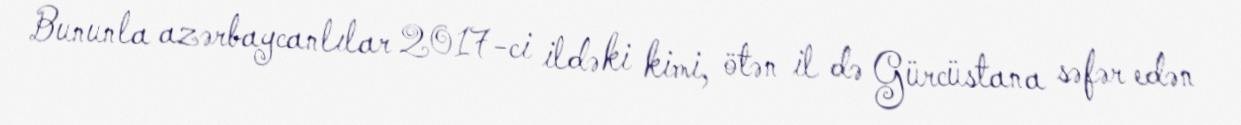
Bununla azərbaycanlılar 2017-ci ildəki kimi, ötən il də Gürcüstana səfər edən